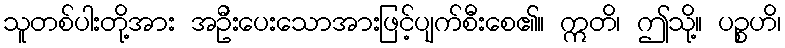
သူတစ်ပါးတို့အား အဦးပေးသောအားဖြင့်ပျက်စီးစေ၏။ ဣတိ၊ ဤသို့။ ပဉ္စဟိ၊